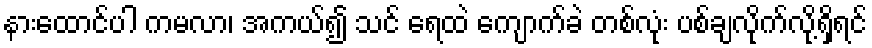
နားထောင်ပါ ကမလာ၊ အကယ်၍ သင် ရေထဲ ကျောက်ခဲ တစ်လုံး ပစ်ချလိုက်လို့ရှိရင်